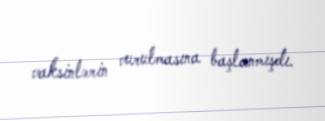
vaksinlərin vurulmasına başlanmışdı.